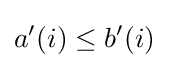
a'(i)\leq b'(i)